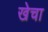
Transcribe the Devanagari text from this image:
खेचा